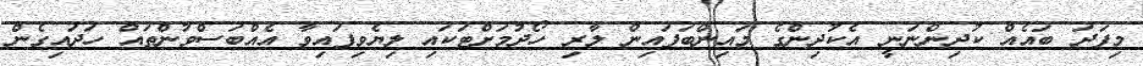
މިފަދަ ބައެއް ކުދިންނަނީ އެކުދިންގެ މައިންބަފައިން ލާރި ހޯދުމަށްޓަކައި ލިޔެވިފައިވާ އެއްބަސްވުންތައް ހަދައިގެން